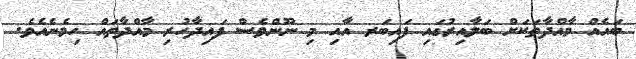
ބައެއް މާއްދާތަކަށް ބަލާއިރުގައި ފައިބަރ އާއި މި ނޫންވެސް ފައިދާހުރި މާއްދާތައް ހިމެނެއެވެ.